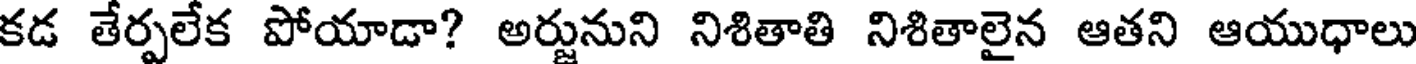
కడ తేర్పలేక పోయాడా? అర్జునుని నిశితాతి నిశితాలైన ఆతని ఆయుధాలు